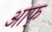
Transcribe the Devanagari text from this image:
आफ्